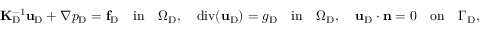
\mathbf { K } _ { \mathrm { D } } ^ { - 1 } \mathbf { u } _ { \mathrm { D } } + \nabla p _ { \mathrm { D } } = \mathbf { f } _ { \mathrm { D } } { \quad \mathrm { i n } \quad } \Omega _ { \mathrm { D } } , \quad \mathrm { d i v } ( \mathbf { u } _ { \mathrm { D } } ) = g _ { \mathrm { D } } { \quad \mathrm { i n } \quad } \Omega _ { \mathrm { D } } , \quad \mathbf { u } _ { \mathrm { D } } \cdot { \mathbf { n } } = 0 { \quad \mathrm { o n } \quad } \Gamma _ { \mathrm { D } } ,